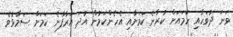
ވަނަ ދުވަހާއި ހަމައަށް ކުރާނެ ކަމަށާއި އެހެންކަމުން އުދަ އަރާފާނެ ކަމަށް ސަމާޅުވެ